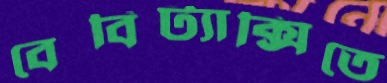
বেবিট্যাক্সিতে